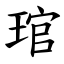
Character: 琯